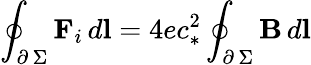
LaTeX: \oint_{\scriptstyle\partial\, \Sigma}\textbf{F}_{i}\, d\textbf{l}=4ec_{*}^{2}\oint_{\scriptstyle\partial\, \Sigma}\textbf{B}\, d\textbf{l}